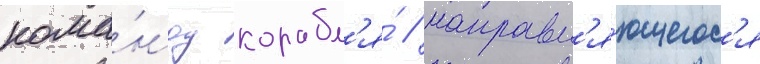
кома́нду корабл'я́ / направл'я́ющегос'я